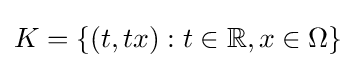
K=\{(t,tx):t\in \mathbb {R} ,x\in \Omega \}